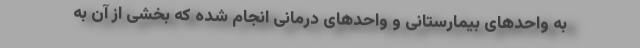
به واحدهای بیمارستانی و واحدهای درمانی انجام شده که بخشی از آن به